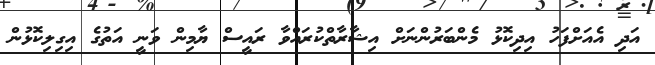
އަދި އެއަށްފަހު އިދިކޮޅު މެންބަރުންނަށް އިޝާރާތްކުރައްވާ ރައީސް ޔާމިން ވަނީ އަތުގެ އިގިލިކޮޅުން